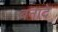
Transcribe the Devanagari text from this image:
बनादे